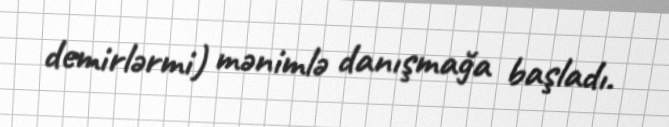
demirlərmi) mənimlə danışmağa başladı.